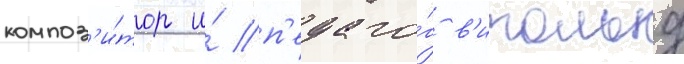
композ'и́тор и́ п'едаго́г в'итольд